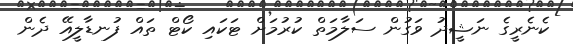
ކެނެރީގެ ނަޝީދު ވަގުން ސަލާމަތް ކުރުމަށް ޓަކައި ކޯޓް ތައް ފުނޑާލީއޭ ދެން